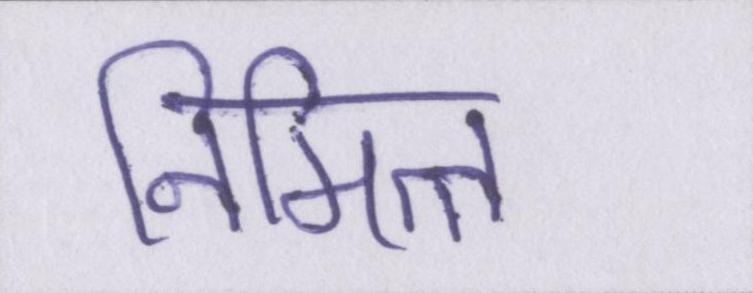
निमित्त